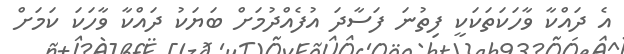
އެ ދައްކާ ވާހަކަތަކަކީ ފިތުނަ ފަސާދަ އުފެއްދުމަށް ބަޔަކު ދައްކާ ވާހަކަ ކަމަށް